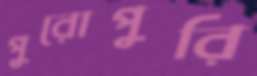
পুরোপুরি